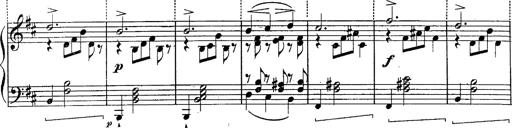
Title: Schubert's Impromptus [revised and edited by Franz Liszt]
Composer: Franz Liszt